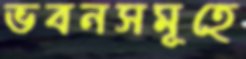
ভবনসমূহে